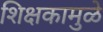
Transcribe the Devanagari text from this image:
शिक्षकामुळे